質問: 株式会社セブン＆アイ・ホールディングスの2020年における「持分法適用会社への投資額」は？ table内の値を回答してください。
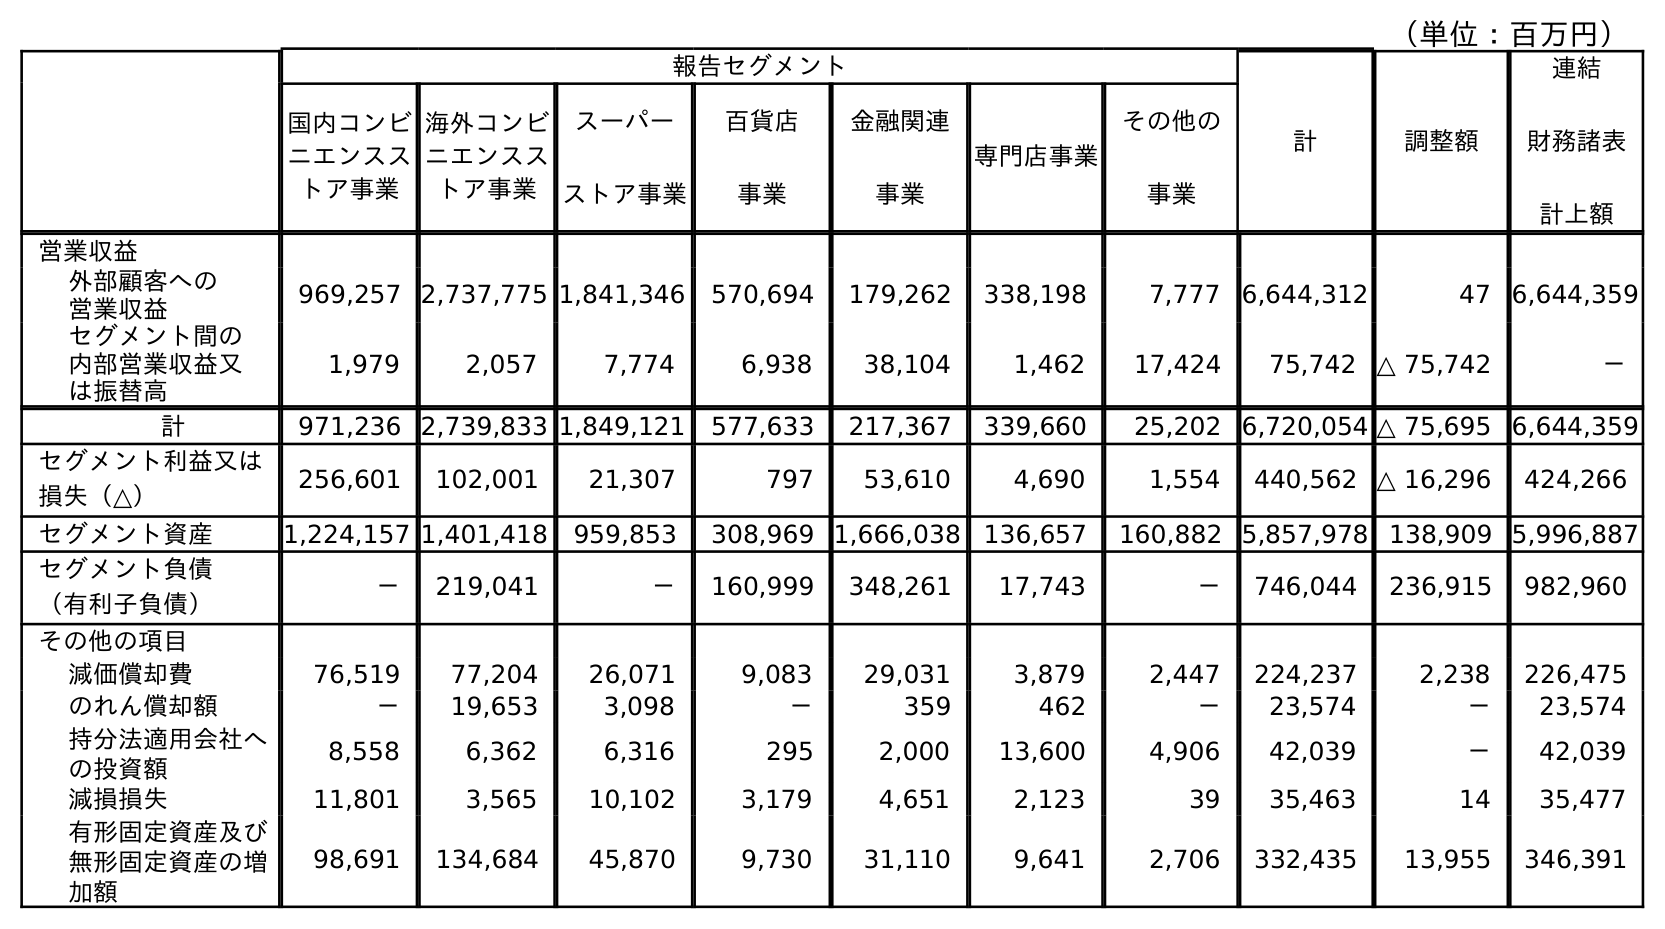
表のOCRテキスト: （単位：百万円） 報告セグメント 計 調整額 連結 財務諸表 計上額 国内コンビ ニエンスス トア事業 海外コンビ ニエンスス トア事業 スーパー ストア事業 百貨店 事業 金融関連 事業 専門店事業 その他の 事業 営業収益 外部顧客への 営業収益 969,257 2,737,775 1,841,346 570,694 179,262 338,198 7,777 6,644,312 47 6,644,359 セグメント間の 内部営業収益又 は振替高 1,979 2,057 7,774 6,938 38,104 1,462 17,424 75,742 △ 75,742 － 計 971,236 2,739,833 1,849,121 577,633 217,367 339,660 25,202 6,720,054 △ 75,695 6,644,359 セグメント利益又は 損失（△） 256,601 102,001 21,307 797 53,610 4,690 1,554 440,562 △ 16,296 424,266 セグメント資産 1,224,157 1,401,418 959,853 308,969 1,666,038 136,657 160,882 5,857,978 138,909 5,996,887 セグメント負債 （有利子負債） － 219,041 － 160,999 348,261 17,743 － 746,044 236,915 982,960 その他の項目 減価償却費 76,519 77,204 26,071 9,083 29,031 3,879 2,447 224,237 2,238 226,475 のれん償却額 － 19,653 3,098 － 359 462 － 23,574 － 23,574 持分法適用会社へ の投資額 8,558 6,362 6,316 295 2,000 13,600 4,906 42,039 － 42,039 減損損失 11,801 3,565 10,102 3,179 4,651 2,123 39 35,463 14 35,477 有形固定資産及び 無形固定資産の増 加額 98,691 134,684 45,870 9,730 31,110 9,641 2,706 332,435 13,955 346,391
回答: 42,039